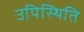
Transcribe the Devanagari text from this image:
उपिस्थिति